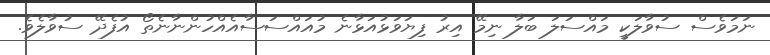
ނަމަވެސް ސުވާލަކީ މައްސަލަ ބަލާ ނިމޭ އިރު ފިޔަވަޅުއަޅާނެ މުއައްސަސާއެއްހުންނާނެތޯ އުފެދޭ ސުވާލެވެ.